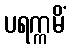
ပရက္ကမိံ